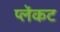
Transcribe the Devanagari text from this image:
प्लेंकट